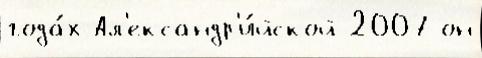
года́х Ал'ександр'и́йской 2007 он